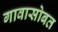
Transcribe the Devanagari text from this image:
गावासोबत